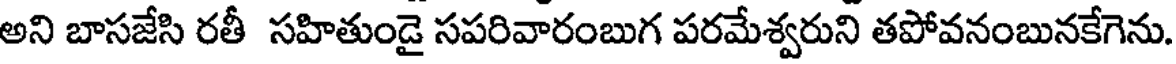
అని బాసజేసి రతీ సహితుండై సపరివారంబుగ పరమేశ్వరుని తపోవనంబునకేగెను.